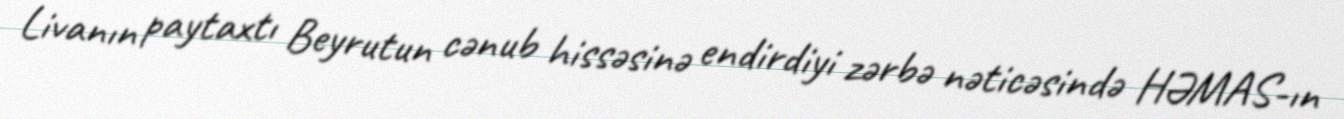
Livanın paytaxtı Beyrutun cənub hissəsinə endirdiyi zərbə nəticəsində HƏMAS-ın